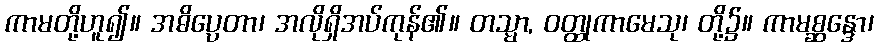
ကာမတို့ဟူ၍။ အဓိပ္ပေတာ၊ အလိုရှိအပ်ကုန်၏။ တသ္မာ, ဝတ္ထုကာမေသု၊ တို့၌။ ကာမစ္ဆန္ဒော၊